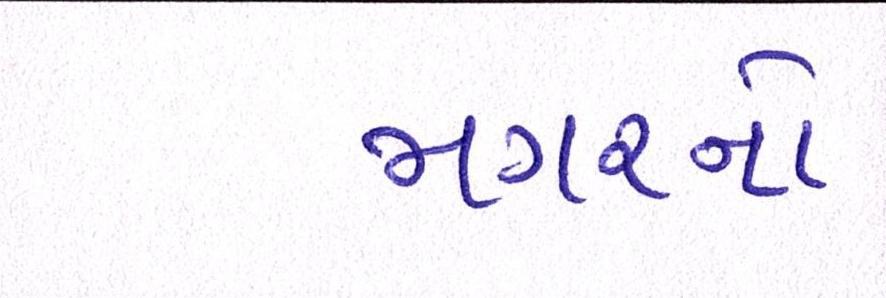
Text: મગરનો